system: You are a helpful assistant.
user:
Analyze the provided spectrum to determine if it is a **M-type Giant (gM)**.

A M-type Giant spectrum is defined by its **strong molecular absorption** features, particularly from **Titanium Oxide (TiO)**. You must check for one of the following mutually exclusive signatures:

- **Key Visual Indicators (Absorption-Dominated Spectrum):**

    - **(Primary):** The spectrum is dominated by strong molecular absorption from **Titanium Oxide (TiO)**. This is the **defining feature** of its M-type temperature class.
        - **(Key Bandheads):** Look for sharp, "saw-tooth" absorption valleys. The strongest are located near **~7050 Å**, **~6160 Å**, and **~5170 Å**.
        - **(Line Profile):** The "saw-tooth" morphology is critical: a **sharp, steep drop on the BLUE (short-wavelength) side** of the bandhead, followed by a gradual recovery (rising flux) towards the RED (long-wavelength) side.

    - **(Key Confirmation - Giant vs. Dwarf):** **ABSENCE** of strong **Calcium Hydride (CaH)** molecular bands. This is the primary diagnostic for *excluding* M-dwarfs.
        - **(Key Region):** The spectrum should lack the strong, broad absorption band seen in dwarfs between **~6800 Å and ~7000 Å**.

    - **(Secondary Confirmation - Giant):** A very strong and broad **Neutral Calcium (Ca I)** atomic absorption line.
        - **(Key Line):** Located at **~4226 Å**. In a giant (gM), this line is significantly deeper and broader than the same line in an M-dwarf (dM) due to low surface gravity.

    - **(Overall Spectrum):**
        - The continuum is **extremely red-sloping** (i.e., flux is very low in the blue and rises dramatically towards the red).
        - The entire spectrum appears "chopped up" by the deep TiO bands.

Think first, call **spectral_visualization_tool** if needed to examine features in detail, then provide your final answer. Your response must adhere to the following strict rules:
1.  **Overall Structure:** Your response must follow the format `<think>...</think> <tool_call>...</tool_call> (if a tool is used) <answer>...</answer>`.
2.  **Tool Usage Constraint:** You may only make **one** tool call per turn.
3.  **Final Answer Format:** In the `<answer>` tag, your conclusion must be inside a `\boxed{}` command (e.g., `\boxed{YES}` or `\boxed{NO}`), followed by your justification.

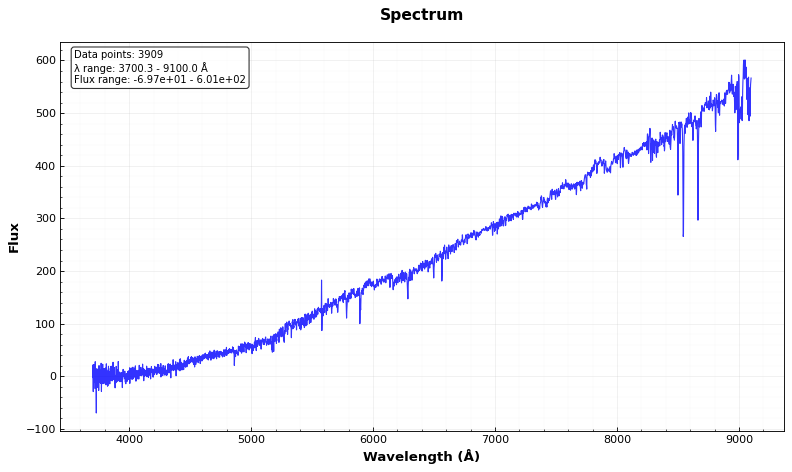
Answer: NO